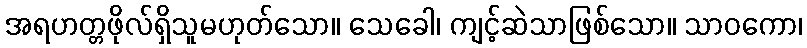
အရဟတ္တဖိုလ်ရှိသူမဟုတ်သော။ သေခေါ၊ ကျင့်ဆဲသာဖြစ်သော။ သာဝကော၊